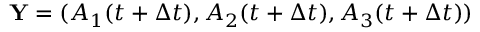
\mathbf { Y } = ( A _ { 1 } ( t + \Delta t ) , A _ { 2 } ( t + \Delta t ) , A _ { 3 } ( t + \Delta t ) )